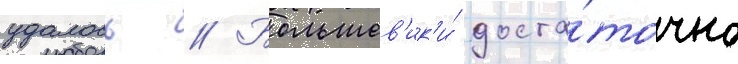
удалось // Большев'ик'и́ доста́точно